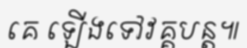
គេ ឡើងទៅវគ្គបន្ត៕